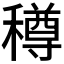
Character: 𥢎